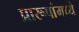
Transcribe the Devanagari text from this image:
प्रारूपांमध्ये